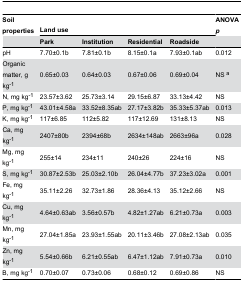
<table><thead><tr><td><b>Soil properties</b></td><td colspan="4"><b>Land use</b></td><td><b>ANOVA <i>p</i></b></td></tr><tr><td></td><td><b>Park</b></td><td><b>Institution</b></td><td><b>Residential</b></td><td><b>Roadside</b></td><td></td></tr></thead><tbody><tr><td>pH</td><td>7.70±0.1b</td><td>7.81±0.1b</td><td>8.15±0.1a</td><td>7.93±0.1ab</td><td>0.012</td></tr><tr><td>Organic matter, g kg<sup>-1</sup></td><td>0.65±0.03</td><td>0.64±0.03</td><td>0.67±0.06</td><td>0.69±0.04</td><td>NS <sup>a</sup></td></tr><tr><td>N, mg kg<sup>-1</sup></td><td>23.57±3.62</td><td>25.73±3.14</td><td>29.15±6.87</td><td>33.13±4.42</td><td>NS</td></tr><tr><td>P, mg kg<sup>-1</sup></td><td>43.01±4.58a</td><td>33.52±8.35ab</td><td>27.17±3.82b</td><td>35.33±5.37ab</td><td>0.013</td></tr><tr><td>K, mg kg<sup>-1</sup></td><td>117±6.85</td><td>112±5.82</td><td>117±12.69</td><td>131±8.13</td><td>NS</td></tr><tr><td>Ca, mg kg<sup>-1</sup></td><td>2407±80b</td><td>2394±68b</td><td>2634±148ab</td><td>2663±96a</td><td>0.028</td></tr><tr><td>Mg, mg kg<sup>-1</sup></td><td>255±14</td><td>234±11</td><td>240±26</td><td>224±16</td><td>NS</td></tr><tr><td>S, mg kg<sup>-1</sup></td><td>30.87±2.53b</td><td>25.03±2.10b</td><td>26.04±4.77b</td><td>37.23±3.02a</td><td>0.001</td></tr><tr><td>Fe, mg kg<sup>-1</sup></td><td>35.11±2.26</td><td>32.73±1.86</td><td>28.36±4.13</td><td>35.12±2.66</td><td>NS</td></tr><tr><td>Cu, mg kg<sup>-1</sup></td><td>4.64±0.63ab</td><td>3.56±0.57b</td><td>4.82±1.27ab</td><td>6.21±0.73a</td><td>0.003</td></tr><tr><td>Mn, mg kg<sup>-1</sup></td><td>27.04±1.85a</td><td>23.93±1.55ab</td><td>20.11±3.46b</td><td>27.08±2.13ab</td><td>0.035</td></tr><tr><td>Zn, mg kg<sup>-1</sup></td><td>5.54±0.66b</td><td>6.21±0.55ab</td><td>6.47±1.12ab</td><td>7.91±0.73a</td><td>0.010</td></tr><tr><td>B, mg kg<sup>-1</sup></td><td>0.70±0.07</td><td>0.73±0.06</td><td>0.68±0.12</td><td>0.69±0.86</td><td>NS</td></tr></tbody></table>